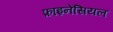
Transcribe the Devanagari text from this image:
फ़ाइनेंसियल